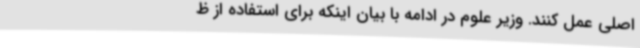
اصلی عمل کنند. وزیر علوم در ادامه با بیان اینکه برای استفاده از ظ